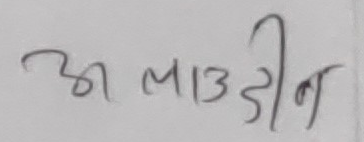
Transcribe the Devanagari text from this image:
अलादुद्दीन